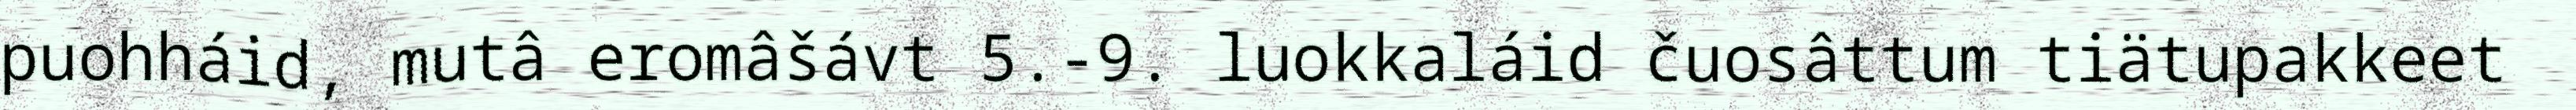
puohháid, mutâ eromâšávt 5.-9. luokkaláid čuosâttum tiätupakkeet